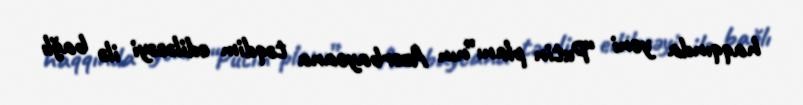
haqqında yeni “Putin planı”nın Azərbaycana təqdim ediləcəyi ilə bağlı